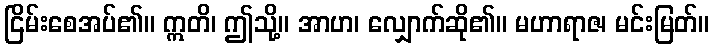
ငြိမ်းစေအပ်၏။ ဣတိ၊ ဤသို့။ အာဟ၊ လျှောက်ဆို၏။ မဟာရာဇ၊ မင်းမြတ်။